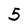
Character: 5